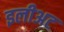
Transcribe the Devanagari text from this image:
इलीअट